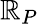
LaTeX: \mathbb{R}_{P}